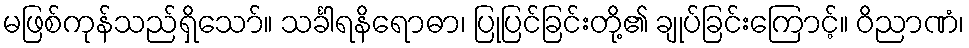
မဖြစ်ကုန်သည်ရှိသော်။ သင်္ခါရနိရောဓာ၊ ပြုပြင်ခြင်းတို့၏ ချုပ်ခြင်းကြောင့်။ ဝိညာဏံ၊